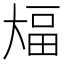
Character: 𫯫